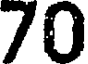
70